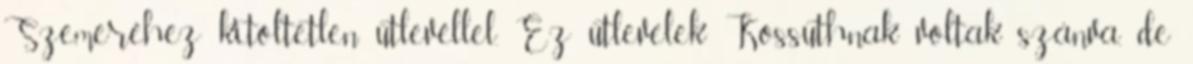
Szemeréhez kitöltetlen útlevéllel. Ez útlevelek Kossuthnak voltak szánva, de